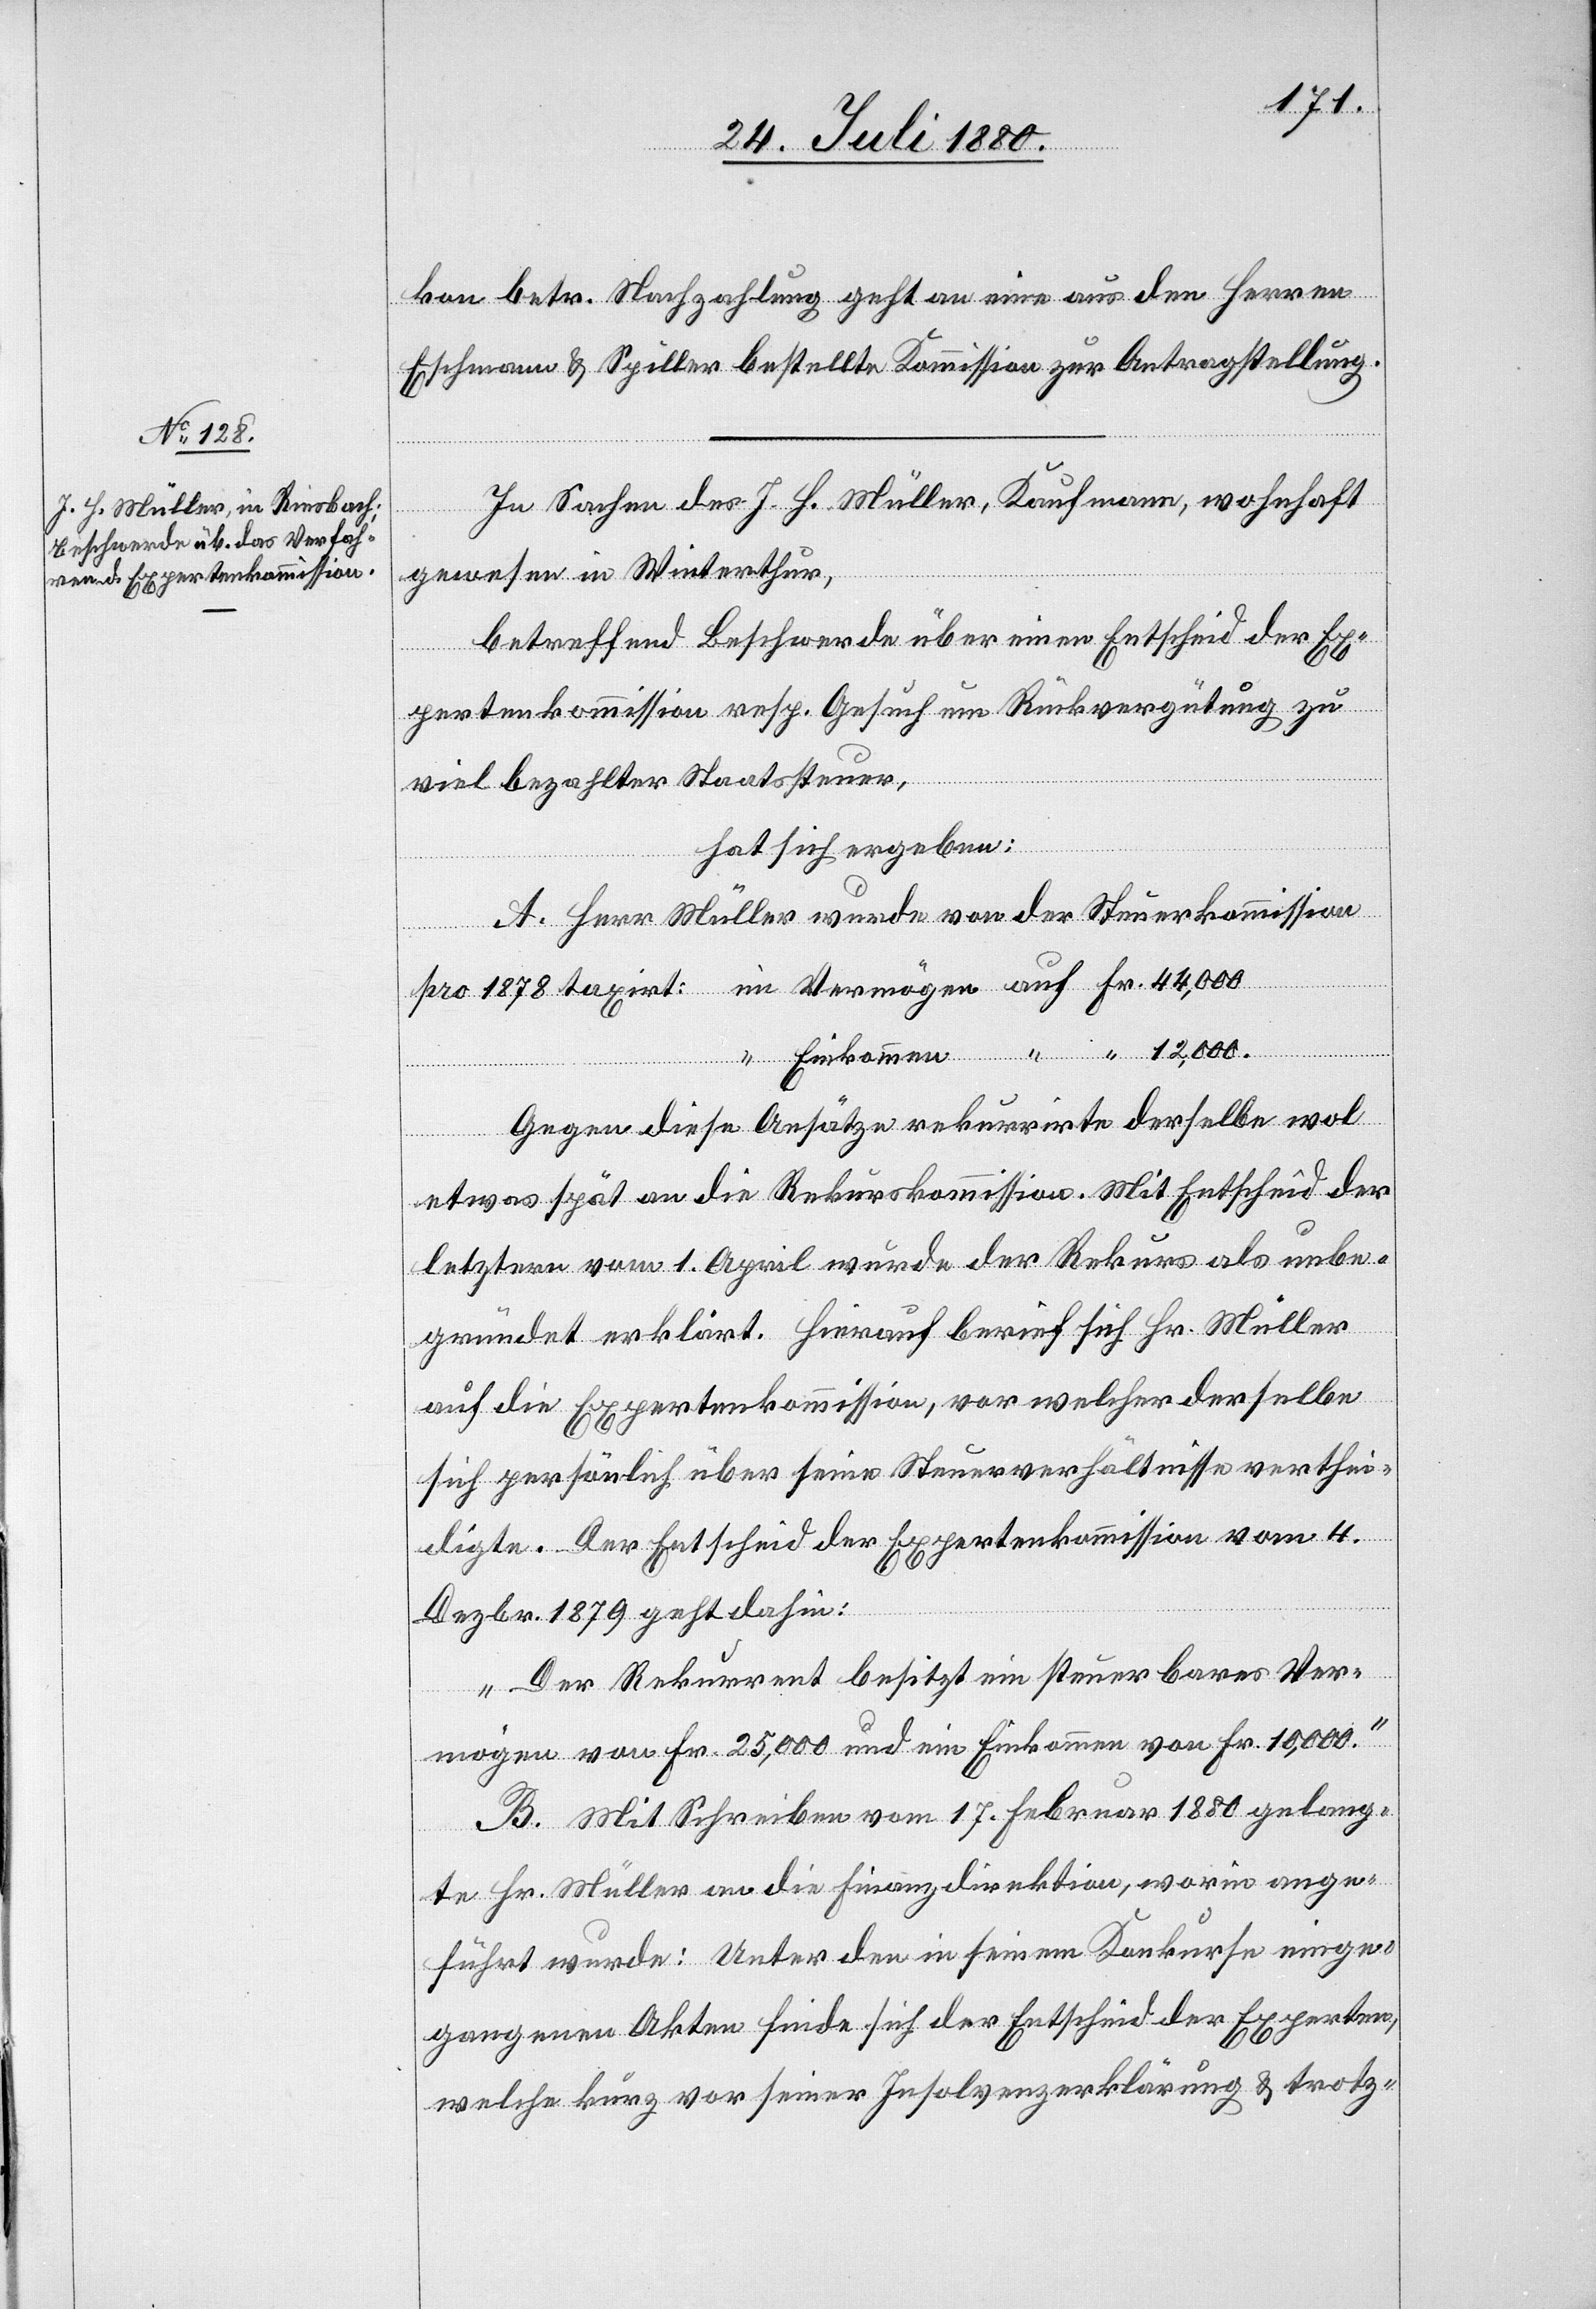
kon betr. Nachzahlung geht an eine aus den Herren
Eschmann & Spiller bestellte Kommission zur Antragstellung.
In Sachen des J. H. Müller, Kaufmann, wohnhaft
ermögen
gewesen in Winterthur,
betreffend Beschwerde über einen Entscheid der Ex¬
pertenkommission resp. Gesuch um Rückvergütung zu
viel bezahlter Staatsteuer,
“
hat sich ergeben:
A. Herr Müller wurde von der Steuerkommission
Einkommen
Gegen diese Ansätze rekurirte derselbe wol
etwas spät an die Rekurskommission. Mit Entscheid der
letztern vom 1. April wurde der Rekurs als unbe¬
gründet erklärt. Hierauf berief sich Hr. Müller
auf die Expertenkommission, vor welcher derselbe
sich persönlich über seine Steuerverhältnisse verthei¬
digte. Der Entscheid der Expertenkommission vom 4.
Dezbr. 1879 geht dahin:
„Der Rekurrent besitzt ein steuerbares Ver¬
mögen von Fr. 25,000 und ein Einkommen von Fr. 10,000.“
B. Mit Schreiben vom 17. Februar 1880 gelang¬
te Hr. Müller an die Finanzdirektion, worin ange¬
führt wurde: Unter den in seinem Rekurse einge¬
gangenen Akten finde sich der Entscheid der Experten,
welche kurz vor seiner Insolvenzerklärung & trotz-